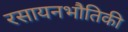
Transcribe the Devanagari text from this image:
रसायनभौतिकी